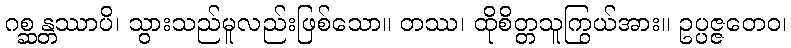
ဂစ္ဆန္တဿာပိ၊ သွားသည်မူလည်းဖြစ်သော။ တဿ၊ ထိုစိတ္တသူကြွယ်အား။ ဥပ္ပဇ္ဇတေဝ၊